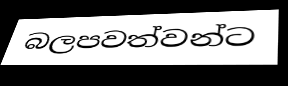
බලපවත්වන්ට